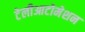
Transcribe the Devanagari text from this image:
टेलीआटोमेशन